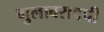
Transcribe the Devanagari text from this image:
गुलाबरावची